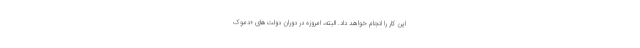
این کار را انجام خواهد داد. البته، امروزه در دوران دولت‌های «دموک